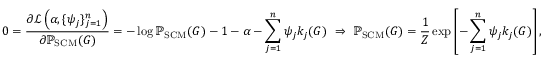
0 = { \frac { \partial { \mathcal { L } } \left( \alpha , \{ \psi _ { j } \} _ { j = 1 } ^ { n } \right) } { \partial \mathbb { P } _ { \mathrm { S C M } } ( G ) } } = - \log \mathbb { P } _ { \mathrm { S C M } } ( G ) - 1 - \alpha - \sum _ { j = 1 } ^ { n } \psi _ { j } k _ { j } ( G ) \ \Rightarrow \ \mathbb { P } _ { \mathrm { S C M } } ( G ) = { \frac { 1 } { Z } } \exp \left[ - \sum _ { j = 1 } ^ { n } \psi _ { j } k _ { j } ( G ) \right] ,